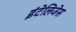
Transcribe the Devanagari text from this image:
इंटेलिजेस